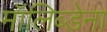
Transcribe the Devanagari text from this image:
मॉलिब्डेना